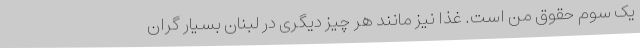
یک سوم حقوق من است. غذا نیز مانند هر چیز دیگری در لبنان بسیار گران